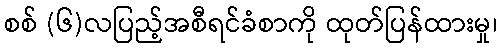
စစ် (၆)လပြည့်အစီရင်ခံစာကို ထုတ်ပြန်ထားမှု၊